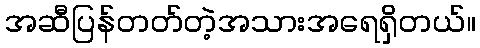
အဆီပြန်တတ်တဲ့အသားအရေရှိတယ်။